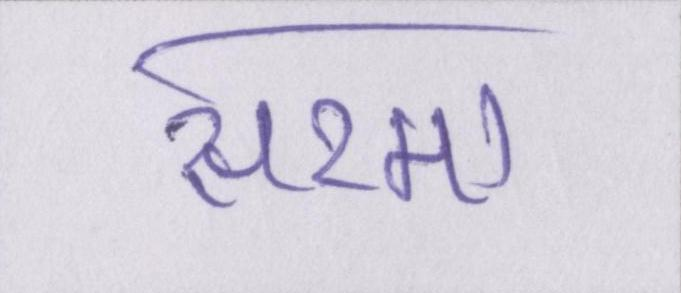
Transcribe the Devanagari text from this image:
सरमा